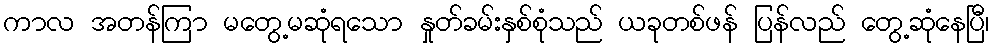
ကာလ အတန်ကြာ မတွေ့မဆုံရသော နှုတ်ခမ်းနှစ်စုံသည် ယခုတစ်ဖန် ပြန်လည် တွေ့ဆုံနေပြီ၊